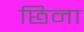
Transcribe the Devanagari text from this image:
छिना